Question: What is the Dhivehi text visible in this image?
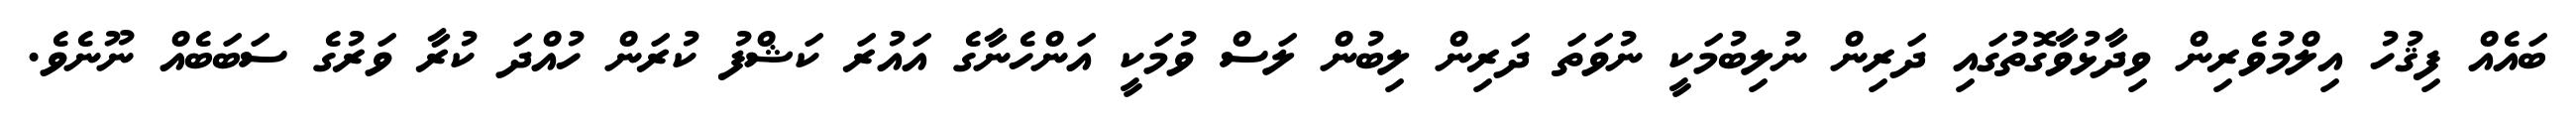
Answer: ބައެއް ފިޤުހު އިލްމުވެރިން ވިދާޅުވާގޮތުގައި ދަރިން ނުލިބުމަކީ ނުވަތަ ދަރިން ލިބުން ލަސް ވުމަކީ އަންހެނާގެ އައުރަ ކަޝްފު ކުރަން ހުއްދަ ކުރާ ވަރުގެ ސަބަބެއް ނޫނެވެ.